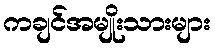
ကချင်အမျိုးသားများ